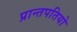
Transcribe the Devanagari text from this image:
प्रान्तपतियो